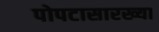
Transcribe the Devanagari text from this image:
पोपटासारख्या